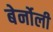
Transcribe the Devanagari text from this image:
बेर्नोली